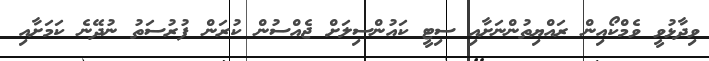
ވިދާޅުވީ ވެމްކޯއިން ރައްޔިތުންނަށާއި ސިޓީ ކައުންސިލަށް ޖެއްސުން ކުރަން ފުރުސަތު ނުދޭނެ ކަމަށާއި